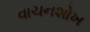
વાચનશોખ